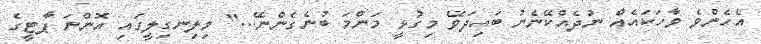
އެހެންވެ ވާހަކައެއް ނުދެއްކޭނެނު ބައިދަވޭ މިގުޅީ މަންމަ ބުނެގެންނޭ..." ވިލިނގިލީގައި އޮންނަ ޕާޓީގެ